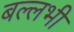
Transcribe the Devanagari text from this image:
बल्लभी